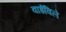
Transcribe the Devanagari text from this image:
वाईविले